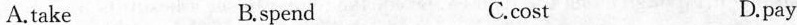
A.take B.spend C.cost D.pay